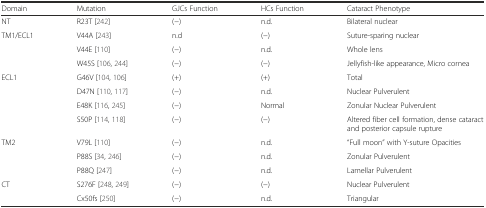
<table><thead><tr><td><b>Domain</b></td><td><b>Mutation</b></td><td><b>GJCs Function</b></td><td><b>HCs Function</b></td><td><b>Cataract Phenotype</b></td></tr></thead><tbody><tr><td>NT</td><td>R23T [242]</td><td>(−)</td><td>n.d.</td><td>Bilateral nuclear</td></tr><tr><td rowspan="3">TM1/ECL1</td><td>V44A [243]</td><td>n.d</td><td>(−)</td><td>Suture-sparing nuclear</td></tr><tr><td>V44E [110]</td><td>(−)</td><td>n.d.</td><td>Whole lens</td></tr><tr><td>W45S [106, 244]</td><td>(−)</td><td>(−)</td><td>Jellyfish-like appearance, Micro cornea</td></tr><tr><td rowspan="4">ECL1</td><td>G46V [104, 106]</td><td>(+)</td><td>(+)</td><td>Total</td></tr><tr><td>D47N [110, 117]</td><td>(−)</td><td>n.d.</td><td>Nuclear Pulverulent</td></tr><tr><td>E48K [116, 245]</td><td>(−)</td><td>Normal</td><td>Zonular Nuclear Pulverulent</td></tr><tr><td>S50P [114, 118]</td><td>(−)</td><td>(−)</td><td>Altered fiber cell formation, dense cataract and posterior capsule rupture</td></tr><tr><td rowspan="3">TM2</td><td>V79L [110]</td><td>(−)</td><td>n.d.</td><td>“Full moon” with Y-suture Opacities</td></tr><tr><td>P88S [34, 246]</td><td>(−)</td><td>n.d.</td><td>Zonular Pulverulent</td></tr><tr><td>P88Q [247]</td><td>(−)</td><td>n.d.</td><td>Lamellar Pulverulent</td></tr><tr><td rowspan="2">CT</td><td>S276F [248, 249]</td><td>(−)</td><td>(−)</td><td>Nuclear Pulverulent</td></tr><tr><td>Cx50fs [250]</td><td>(−)</td><td>n.d.</td><td>Triangular</td></tr></tbody></table>